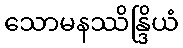
သောမနဿိန္ဒြိယံ